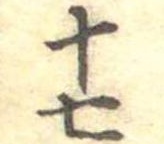
十七